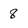
Character: 8